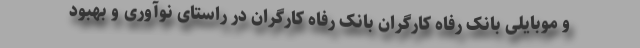
و موبایلی بانک رفاه کارگران بانک رفاه کارگران در راستای نوآوری و بهبود